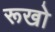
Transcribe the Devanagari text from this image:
रूखो